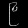
Digit: ၉